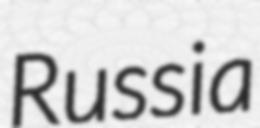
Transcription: Russia